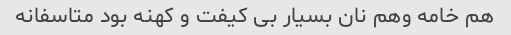
هم خامه وهم نان بسیار بی کیفت و کهنه بود متاسفانه